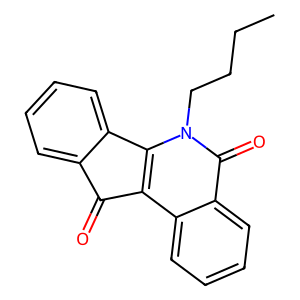
SMILES: CCCCn1c2c(c3ccccc3c1=O)C(=O)c1ccccc1-2
Inhibits HIV replication: No